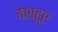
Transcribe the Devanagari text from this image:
वंशहुए